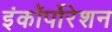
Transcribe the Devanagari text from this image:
इंकॉर्पोरेशन